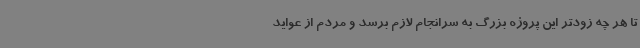
تا هر چه زودتر این پروژه بزرگ به سرانجام لازم برسد و مردم از عواید